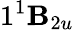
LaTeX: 1^{1}\mathbf{B}_{2u}